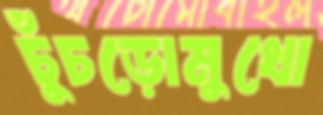
চুঁচড়োমুখো